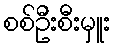
စစ်ဦးစီးမှူး